Source: Handwritten
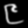
Digit: ၉ (9)